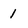
Character: 1